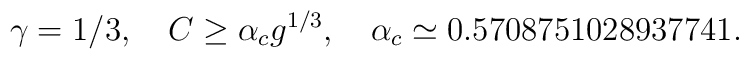
\gamma=1/3,\quad C\geq\alpha_c g^{1/3},\quad \alpha_c\simeq   0.5708751028937741.